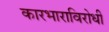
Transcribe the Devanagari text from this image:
कारभाराविरोधी